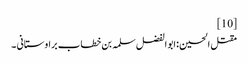
[10]
مقتل الحسین :ابو الفضل سلمہ بن خطاب براوستانی ۔